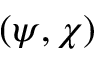
( \psi , \chi )